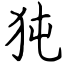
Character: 㹠